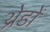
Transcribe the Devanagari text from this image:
थ्रेडों